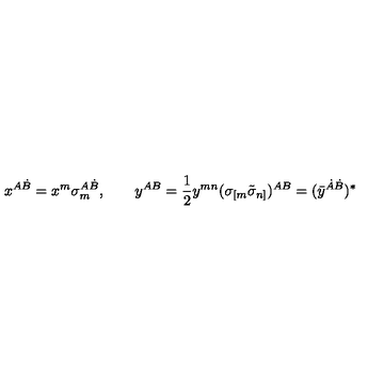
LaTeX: x ^ { A \dot { B } } = x ^ { m } \sigma _ { m } ^ { A \dot { B } } , \qquad { y } ^ { A B } = { \frac { 1 } { 2 } } y ^ { m n } ( \sigma _ { [ m } \tilde { \sigma } _ { n ] } ) ^ { A { B } } = ( \bar { y } ^ { \dot { A } \dot { B } } ) ^ { * }